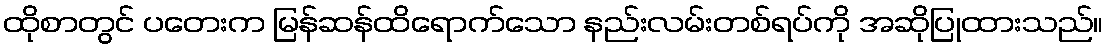
ထိုစာတွင် ပတေးက မြန်ဆန်ထိရောက်သော နည်းလမ်းတစ်ရပ်ကို အဆိုပြုထားသည်။